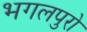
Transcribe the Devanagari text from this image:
भगलपुरो